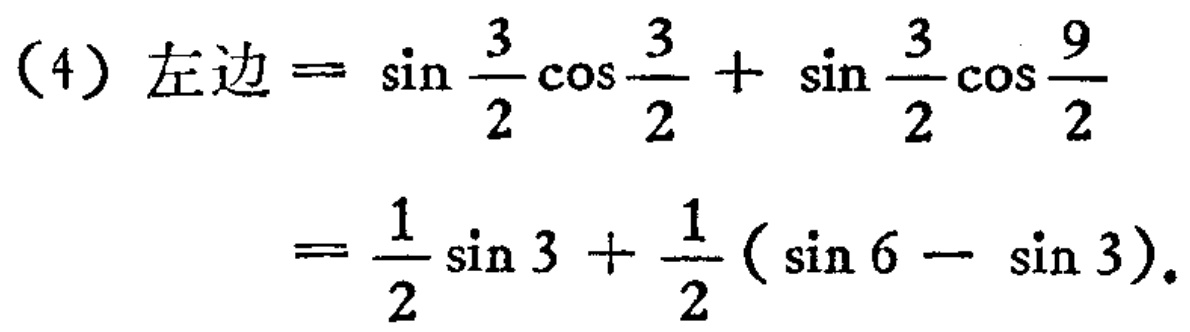
（4）左边$=\sin\frac{3}{2}\cos\frac{3}{2}+\sin\frac{3}{2}\cos\frac{9}{2}$
$=\frac{1}{2}\sin 3+\frac{1}{2}(\sin 6 - \sin 3)$